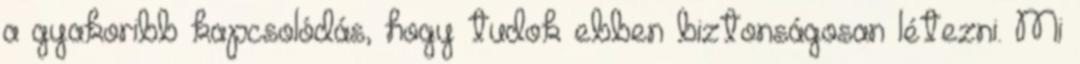
a gyakoribb kapcsolódás, hogy tudok ebben biztonságosan létezni. Mi